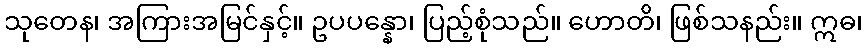
သုတေန၊ အကြားအမြင်နှင့်။ ဥပပန္နော၊ ပြည့်စုံသည်။ ဟောတိ၊ ဖြစ်သနည်း။ ဣဓ၊